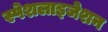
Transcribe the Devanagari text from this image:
स्पेशलाइजेशन